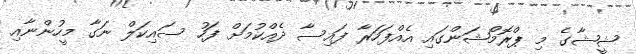
ޝީޝާގެ މި ޕްރޮމޯޝަންގައި އެއްފަހަރާ ފައިސާ ދެއްކުމަށް ފަހު ސައިކަލް ނަގާ މީހުންނާއި